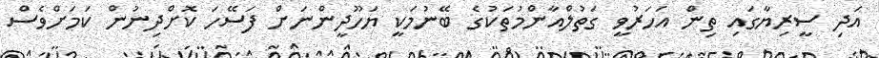
އަދި ސީރިޔާގައި ތިން އަހަރުވީ ގަތުލްއާންމުތަކުގެ ބޭނުމަކީ ޔަހޫދީންނަށް ފަސޭހަ ކޮށްދިނުން ކަމަށްވެސް